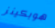
هوبكينز